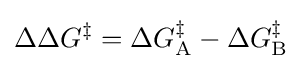
\Delta \Delta G^{\ddagger }=\Delta G_{\mathrm {A} }^{\ddagger }-\Delta G_{\mathrm {B} }^{\ddagger }